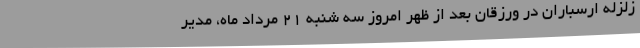
زلزله ارسباران در ورزقان بعد از ظهر امروز سه شنبه 21 مرداد ماه، مدیر